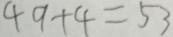
4 9 + 4 = 5 3